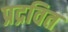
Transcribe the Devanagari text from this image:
प्रद्रवित